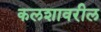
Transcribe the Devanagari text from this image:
कलशावरील